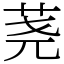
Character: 荛